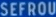
SEFROU